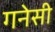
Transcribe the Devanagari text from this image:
गनेसी